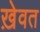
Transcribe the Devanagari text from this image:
ख़ेवत